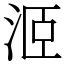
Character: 洍